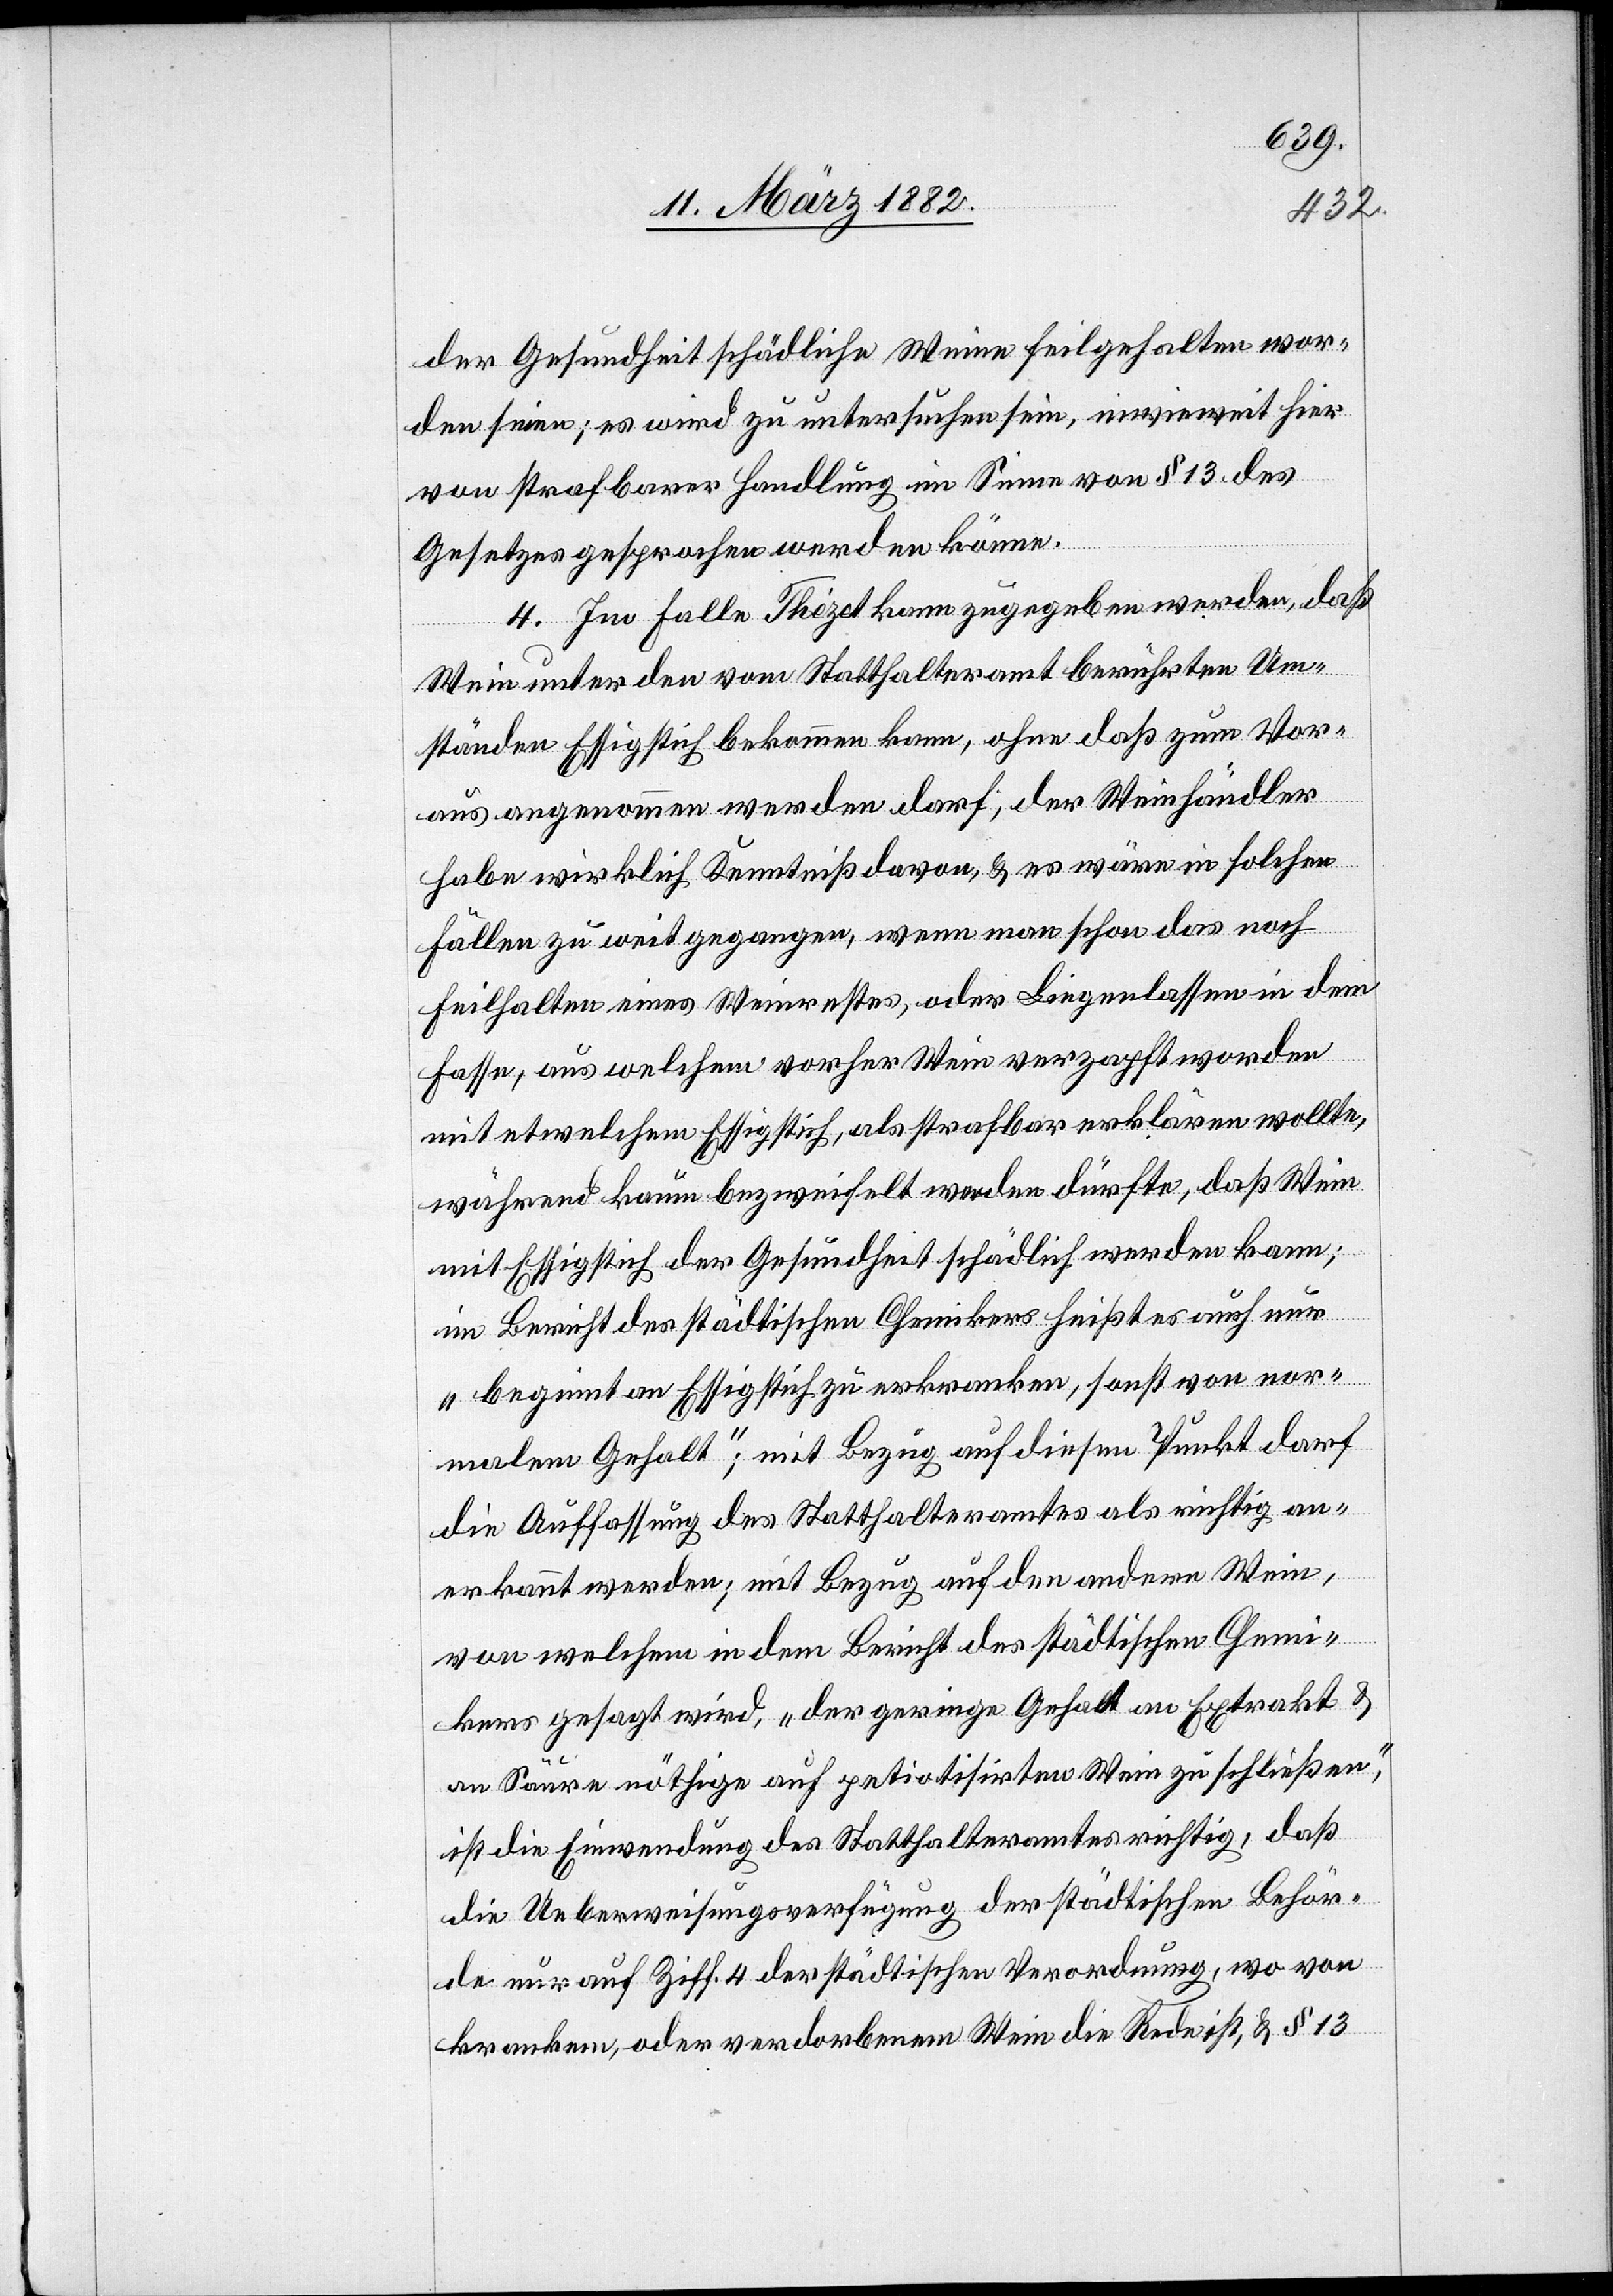
der Gesundheit schädliche Weine feilgehalten wor¬
den seinen; es wird zu untersuchen sein, inwieweit hier
von strafbarer Handlung im Sinne von § 13 des
Gesetzes gesprochen werden könne.
4. Im Falle Thézet kann zugegeben werden, daß
Wein unter den vom Statthalteramt berührten Um¬
ständen Essigstich bekommen kann, ohne daß zum Vor¬
aus angenommen werden darf, der Weinhändler
habe wirklich Kenntniß davon, & es wäre in solchen
Fällen zu weit gegangen, wenn man schon das noch
Feilhalten eines Weinrestes, oder Liegenlassen in dem
Fasse, aus welchem vorher Wein verzapft worden
mit etwelchem Essigstich, als strafbar erklären wollte,
während kaum bezweifelt werden dürfte, daß Wein
mit Essigstich der Gesundheit schädlich werden kann;
im Bericht des städtischen Chemikers heißt es auch nur
„beginnt an Essigstich zu erkranken, sonst von nor¬
malem Gehalt“; mit Bezug auf diesen Punkt darf
die Auffassung des Statthalteramtes als richtig an¬
erkannt werden; mit Bezug auf den andern Wein,
von welchem in dem Bericht des städtischen Chemi¬
kers gesagt wird, „der geringe Gehalt an Extrakt &
an Säuren nöthige auf petiotisirten Wein zu schließen“,
ist die Einwendung des Statthalteramtes richtig, daß
die Ueberweisungsverfügung der städtischen Behör¬
de nur auf Ziff. 4 der städtischen Verordnung, wo von
kranken, oder verdorbenen Wein die Rede ist, & § 13